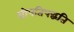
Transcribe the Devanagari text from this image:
श्रीपतिपद्धति